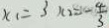
x _ { 1 } = 3 x _ { 2 } = - \frac { 4 } { 3 }